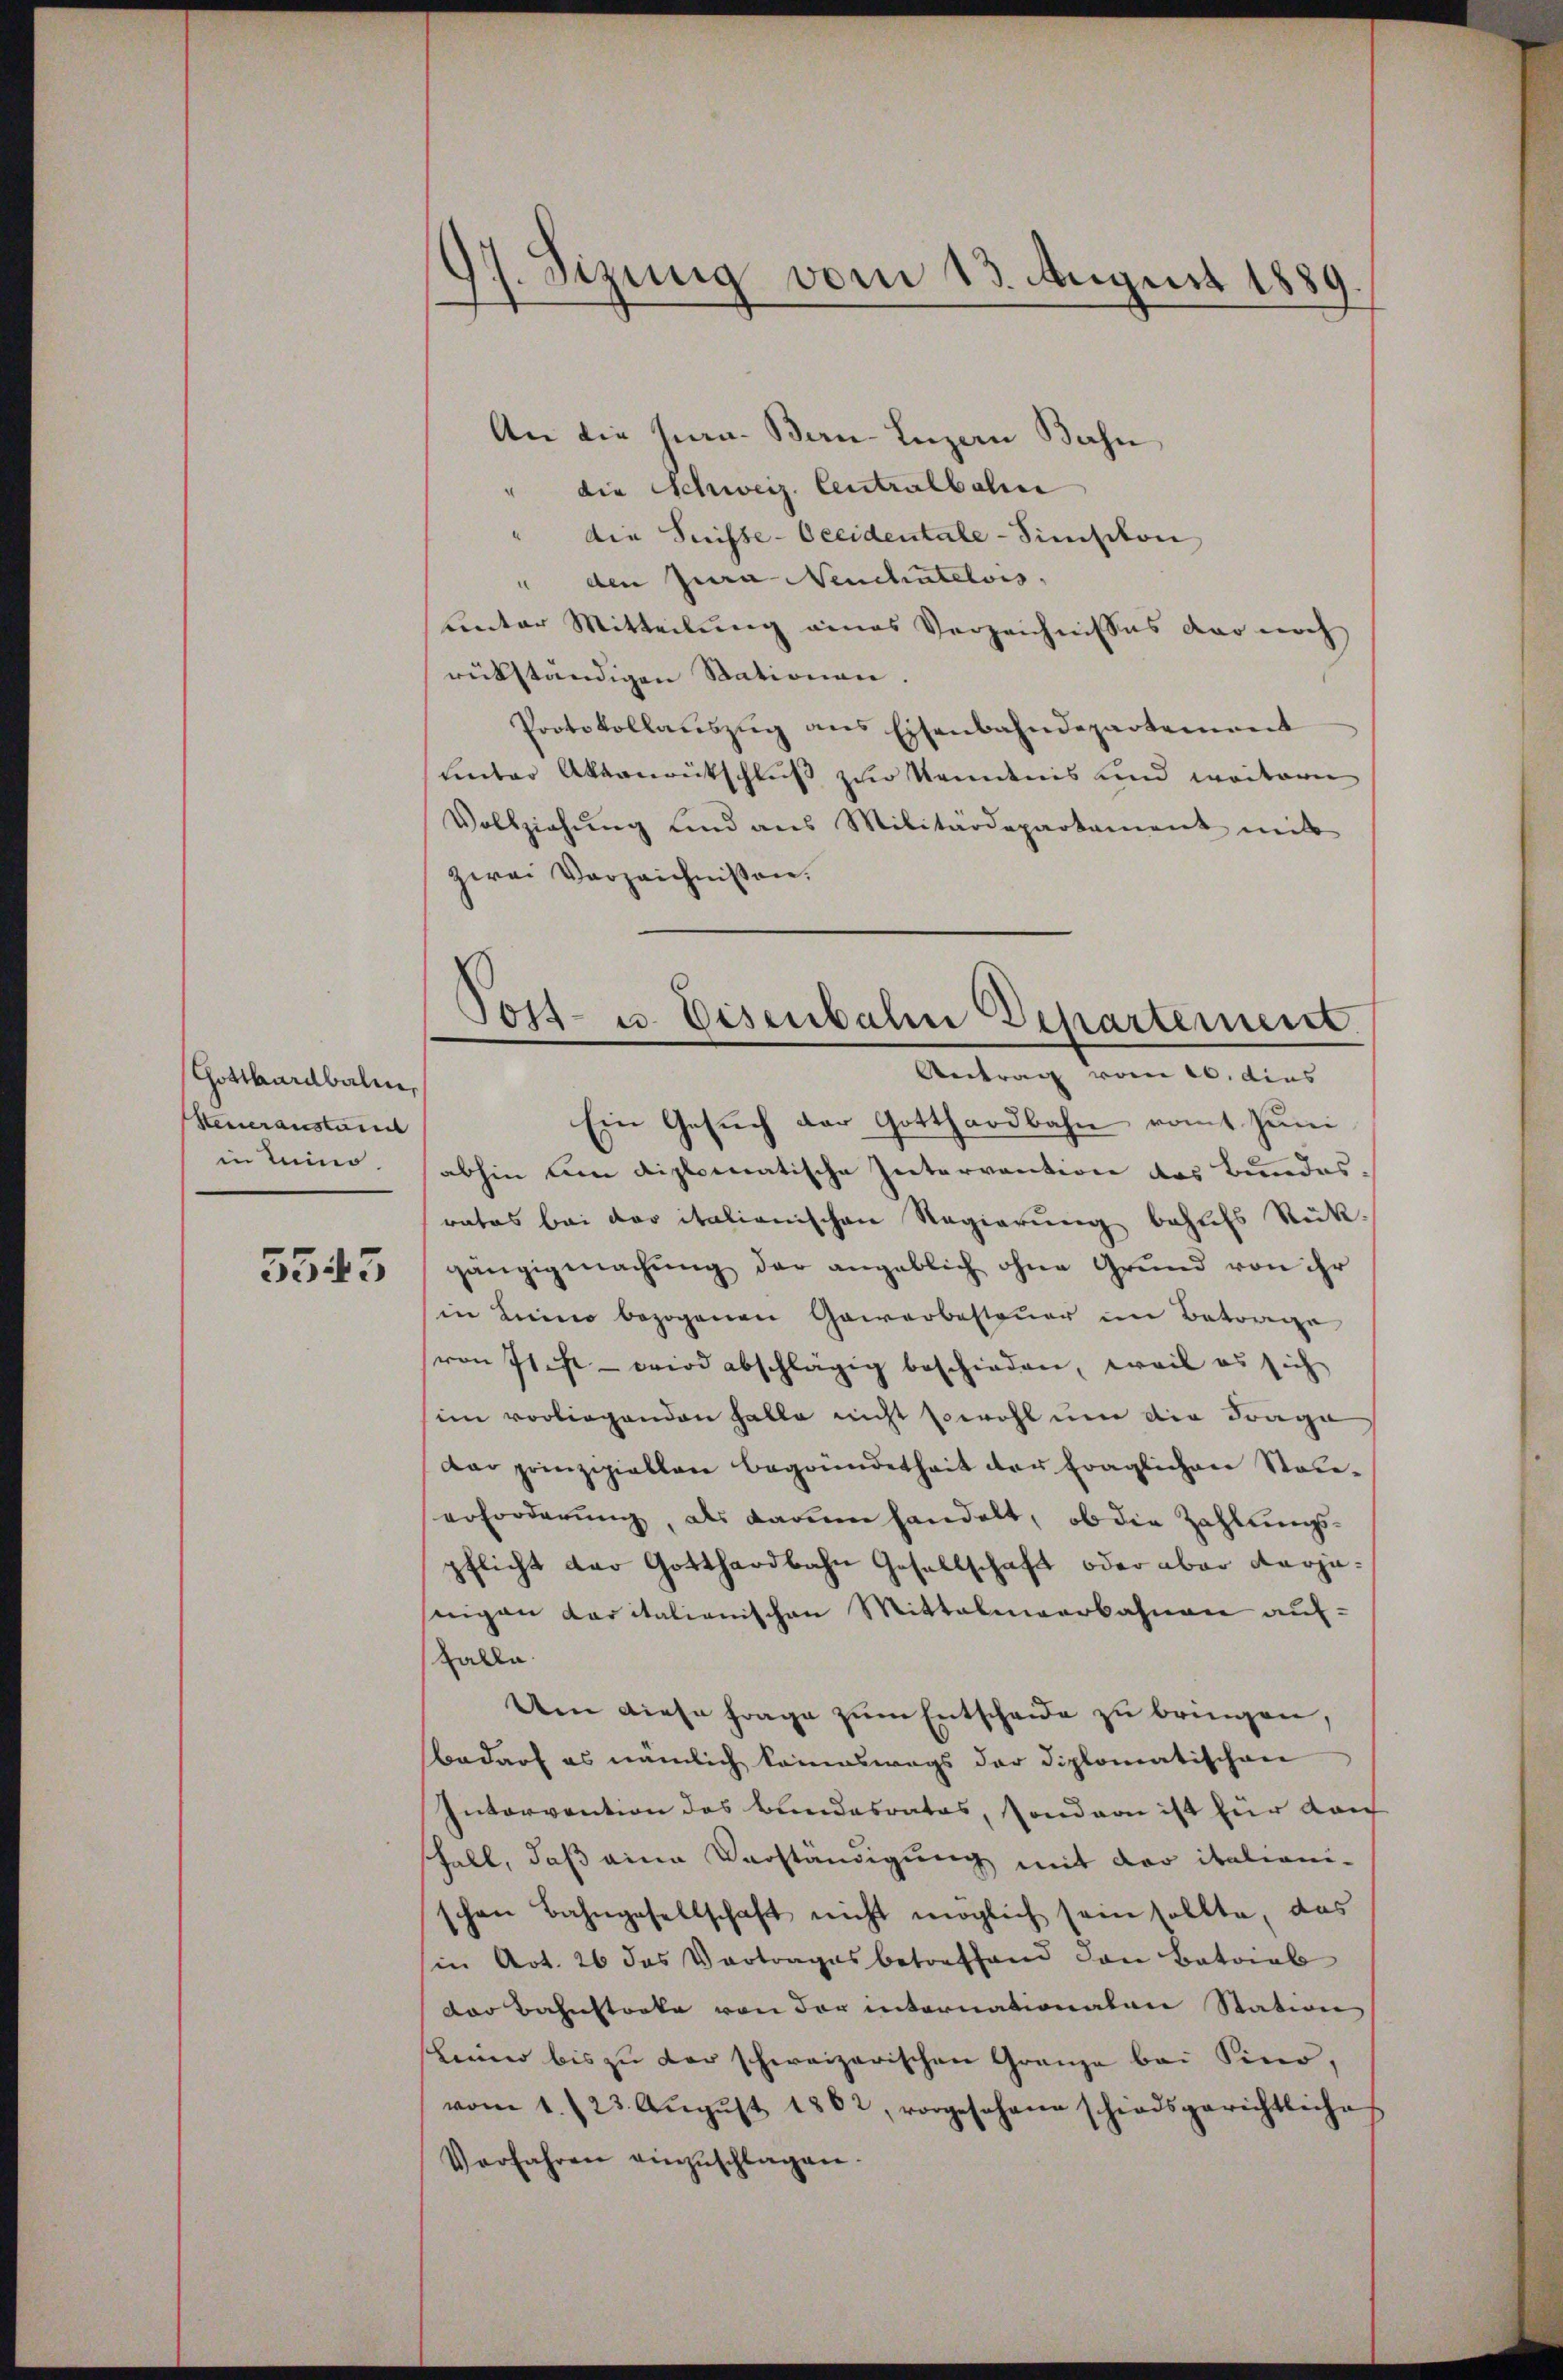
Gotthardbalen,
Steueranstand
in Luino

5545

17. Sizung vom 13. August 1889

An die sera. Bern-Luzern Bahn
die Schweiz. Centralbahn
die Suisse-Occidentale - Simisikon
" den Jura Neuchatelois,
unter Mitteilung eines Verzeichnisses der noch
rückständigen Stationen
Protokollaŭszŭg ans Eisenbahndepartement
Lnter Akronentschluß zur Kenntnis und weitern
Vollziehŭng und aus Militärdepartament mit
zwai Vorzeichnissen.
abhin um diplomatische Intervention des Bundes,
rates bei der italienischen Regierung behufs Rückgängigmachŭng der angeblich ohne Grŭnd von ihr
in Luino bezogenen Gewerbesteuer im Betrage
von It ist - wird abschlägig beschieden, weil es sich
im vorliegenden Falle nicht sowohl um die Frage
dar prinzipiellen Begründetheit der fraglichen Stade,
erforderung, als kaum handelt, ob die Zahlungspflicht der Gotthardbahn Gesellschaft oder aber derjenigen Caritalienischen Mittelmeerbahnen auf¬
Falle
Um diese Frage zum Entscheide zu bringen,
bedarf es nämlich komeswegs der Diplomatischen
Intervention des Bundesrates, sondern ist für dan
shalt, daß eine Verständigung mit der italionischon Bahngesellschaft nicht möglich sein sollte, das
(in Art. 26 das Vortrages betreffend den Batriab
dor Bahnstocke von der internationalen Station
Leine bis zu der schweizerischen Granze bei Sino,
vom 1./23. Aŭgŭst 1862, vorgesehene schiedsgerichtliche
Verfahren einzuschlagen.

Post- u. Eisenbahn Departement
Antrag vom 26. dies
Ein Gesuch der Gotthardbahn romt Juni